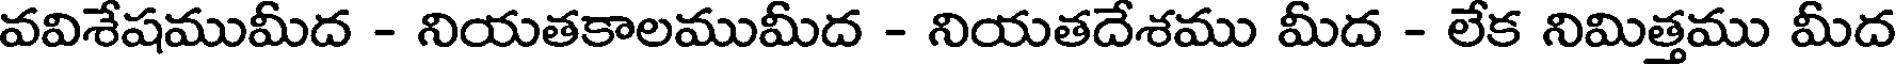
వవిశేషముమీద - నియతకాలముమీద - నియతదేశము మీద - లేక నిమిత్తము మీద